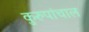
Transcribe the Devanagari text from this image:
कुरुपांचाल